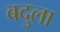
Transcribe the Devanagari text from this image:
बदुला